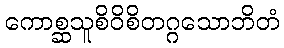
ကောစ္ဆသူစိဝိစိတဂ္ဂသောဘိတံ